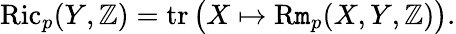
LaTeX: \operatorname{Ric}_{p}(Y,\mathbb{Z})=\operatorname{tr}{\big(}X\mapsto\operatorname{R\mathtt{m}}_{p}(X,Y,\mathbb{Z}){\big)}.